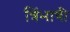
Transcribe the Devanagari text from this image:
त्रिंभाषी